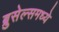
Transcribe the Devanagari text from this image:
ब्रुसेल्समध्ये